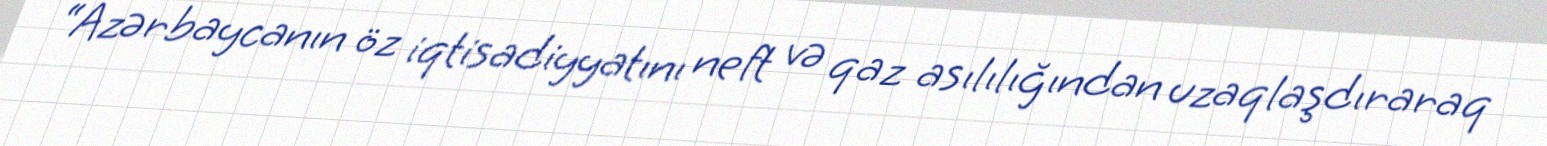
“Azərbaycanın öz iqtisadiyyatını neft və qaz asılılığından uzaqlaşdıraraq